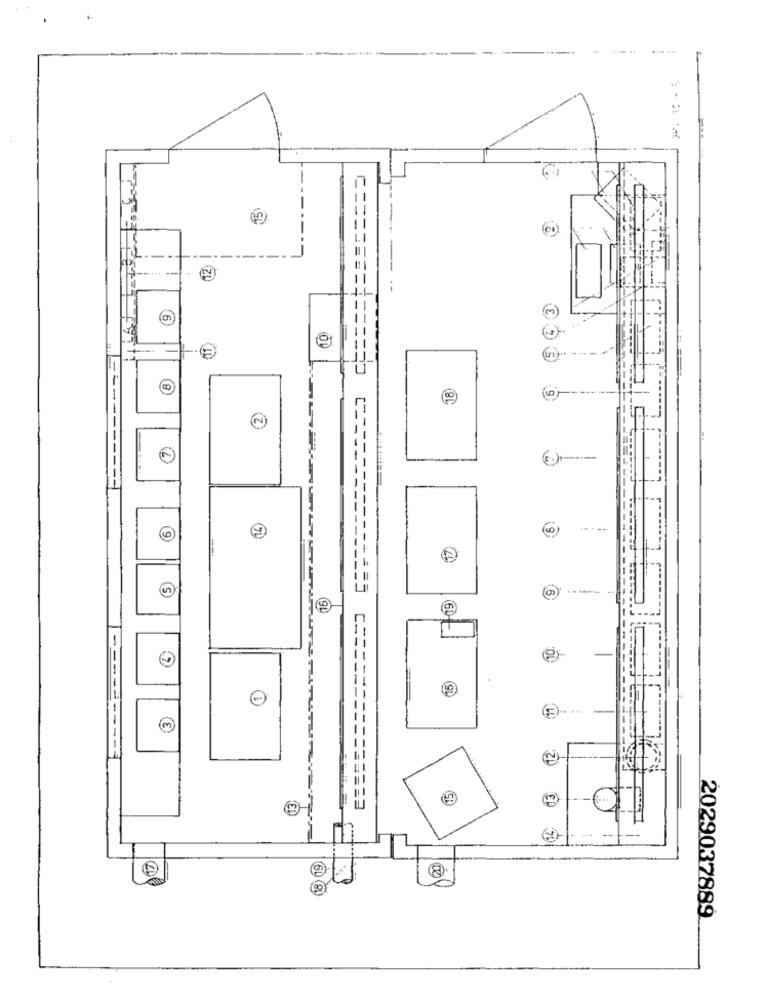
3
9
-------
------------
7
---------
6
14
6)
17
(5)
-19
15)
3
15
17
2029037889